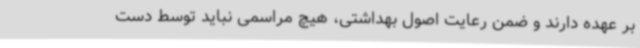
بر عهده دارند و ضمن رعایت اصول بهداشتی، هیچ مراسمی نباید توسط دست